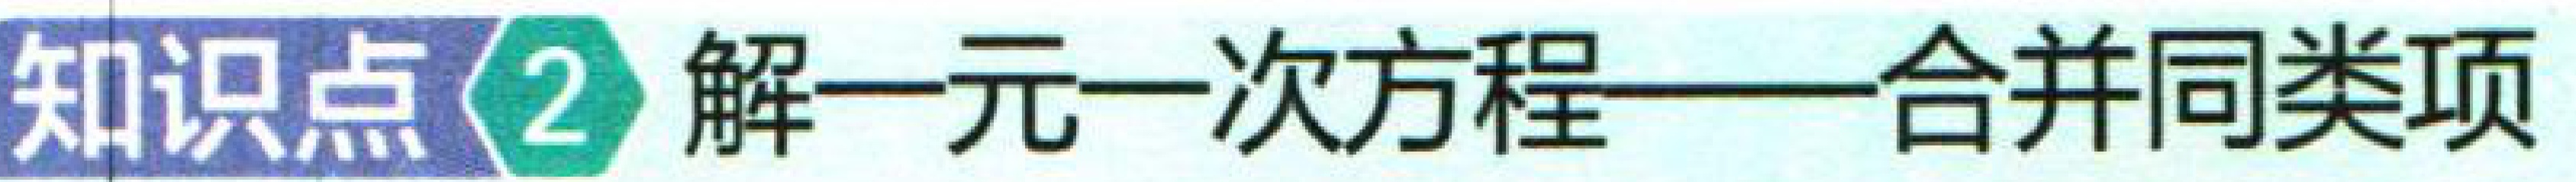
知识点\textcircled{2} 解一元一次方程——合并同类项